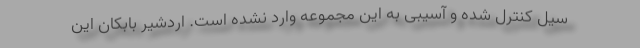
سیل کنترل شده و آسیبی به این مجموعه وارد نشده است. اردشیر بابکان این